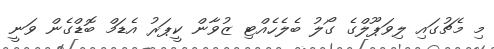
މި މެޗުގައި ލިވަޕޫލްގެ ގޯލު ބެލެހެއްޓި ޒުވާން ކީޕަރު އެޑަމް ބޮޑްގެން ވަނީ